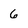
Character: 6